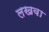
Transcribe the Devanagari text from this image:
लखवा